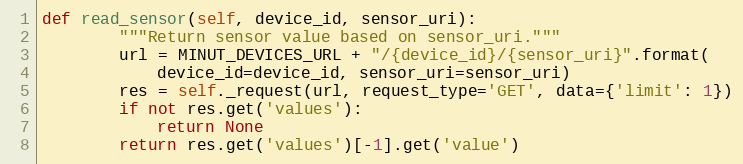
Language: Python
def read_sensor(self, device_id, sensor_uri):
        """Return sensor value based on sensor_uri."""
        url = MINUT_DEVICES_URL + "/{device_id}/{sensor_uri}".format(
            device_id=device_id, sensor_uri=sensor_uri)
        res = self._request(url, request_type='GET', data={'limit': 1})
        if not res.get('values'):
            return None
        return res.get('values')[-1].get('value')